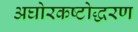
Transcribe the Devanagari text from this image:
अघोरकष्टोद्धरण